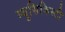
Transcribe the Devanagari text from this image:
म्युसिकिस्टी